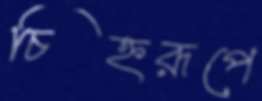
চিহ্নরূপে